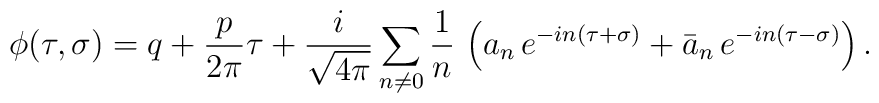
\phi (\tau,\sigma)= q+\frac{p}{2\pi}\tau +\frac{i}{\sqrt {4\pi}}\sum_{n\neq 0}\frac{1}{n}\,\left({a_n}\, e^{-in(\tau +\sigma)}+ {\bar a_n}\, e^{-in(\tau -\sigma)}\right ).